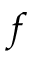
f